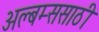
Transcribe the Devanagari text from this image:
अल्बम्ससाठी